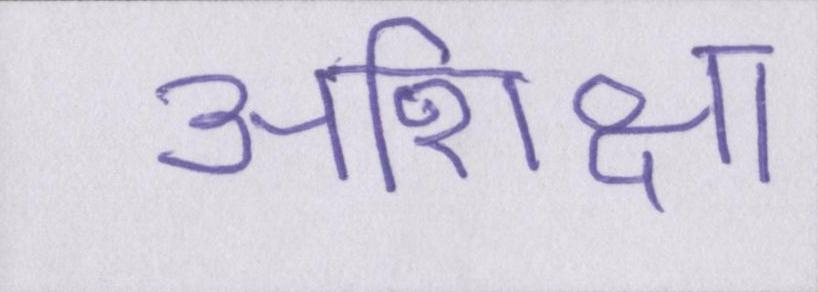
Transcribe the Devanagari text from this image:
अशिक्षा